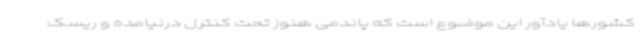
کشورها یادآور این موضوع است که پاندمی هنوز تحت کنترل درنیامده و ریسک